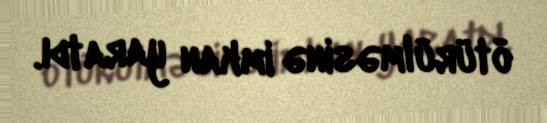
ötürülməsinə imkan yaratdı.